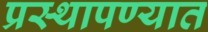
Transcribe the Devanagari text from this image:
प्रस्थापण्यात